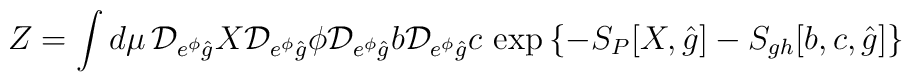
Z=\int d\mu\,{\cal D}_{e^{\phi}\hat{g}}X {\cal D}_{e^{\phi}\hat{g}}\phi{\cal D}_{e^{\phi}\hat{g}} b {\cal D}_{e^{\phi}\hat{g}}c\,\exp{\left\{-S_{P}[X,\hat{g}]-S_{gh}[b,c,\hat{g}]\right\}}